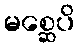
မစ္ဆေပိ